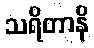
သရိတာနိ